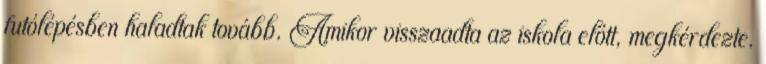
futólépésben haladtak tovább. Amikor visszaadta az iskola előtt, megkérdezte.